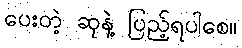
ပေးတဲ့ ဆုနဲ့ ပြည့်ရပါစေ။